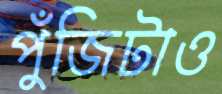
পুঁজিটাও